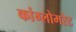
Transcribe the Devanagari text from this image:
कांग्लोमरेट